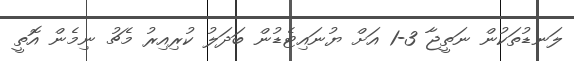
ލަނޑުތަކުން ނަތީޖާ 3-1 އަށް ޔުނައިޓެޑުން ބަދަލު ކުރިއިރު މެޗު ނިމެން އޮތީ